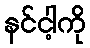
နင်ငါ့ကို